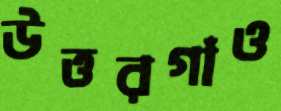
উত্তরগাঁও